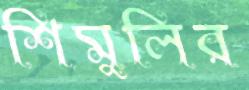
শিমুলির